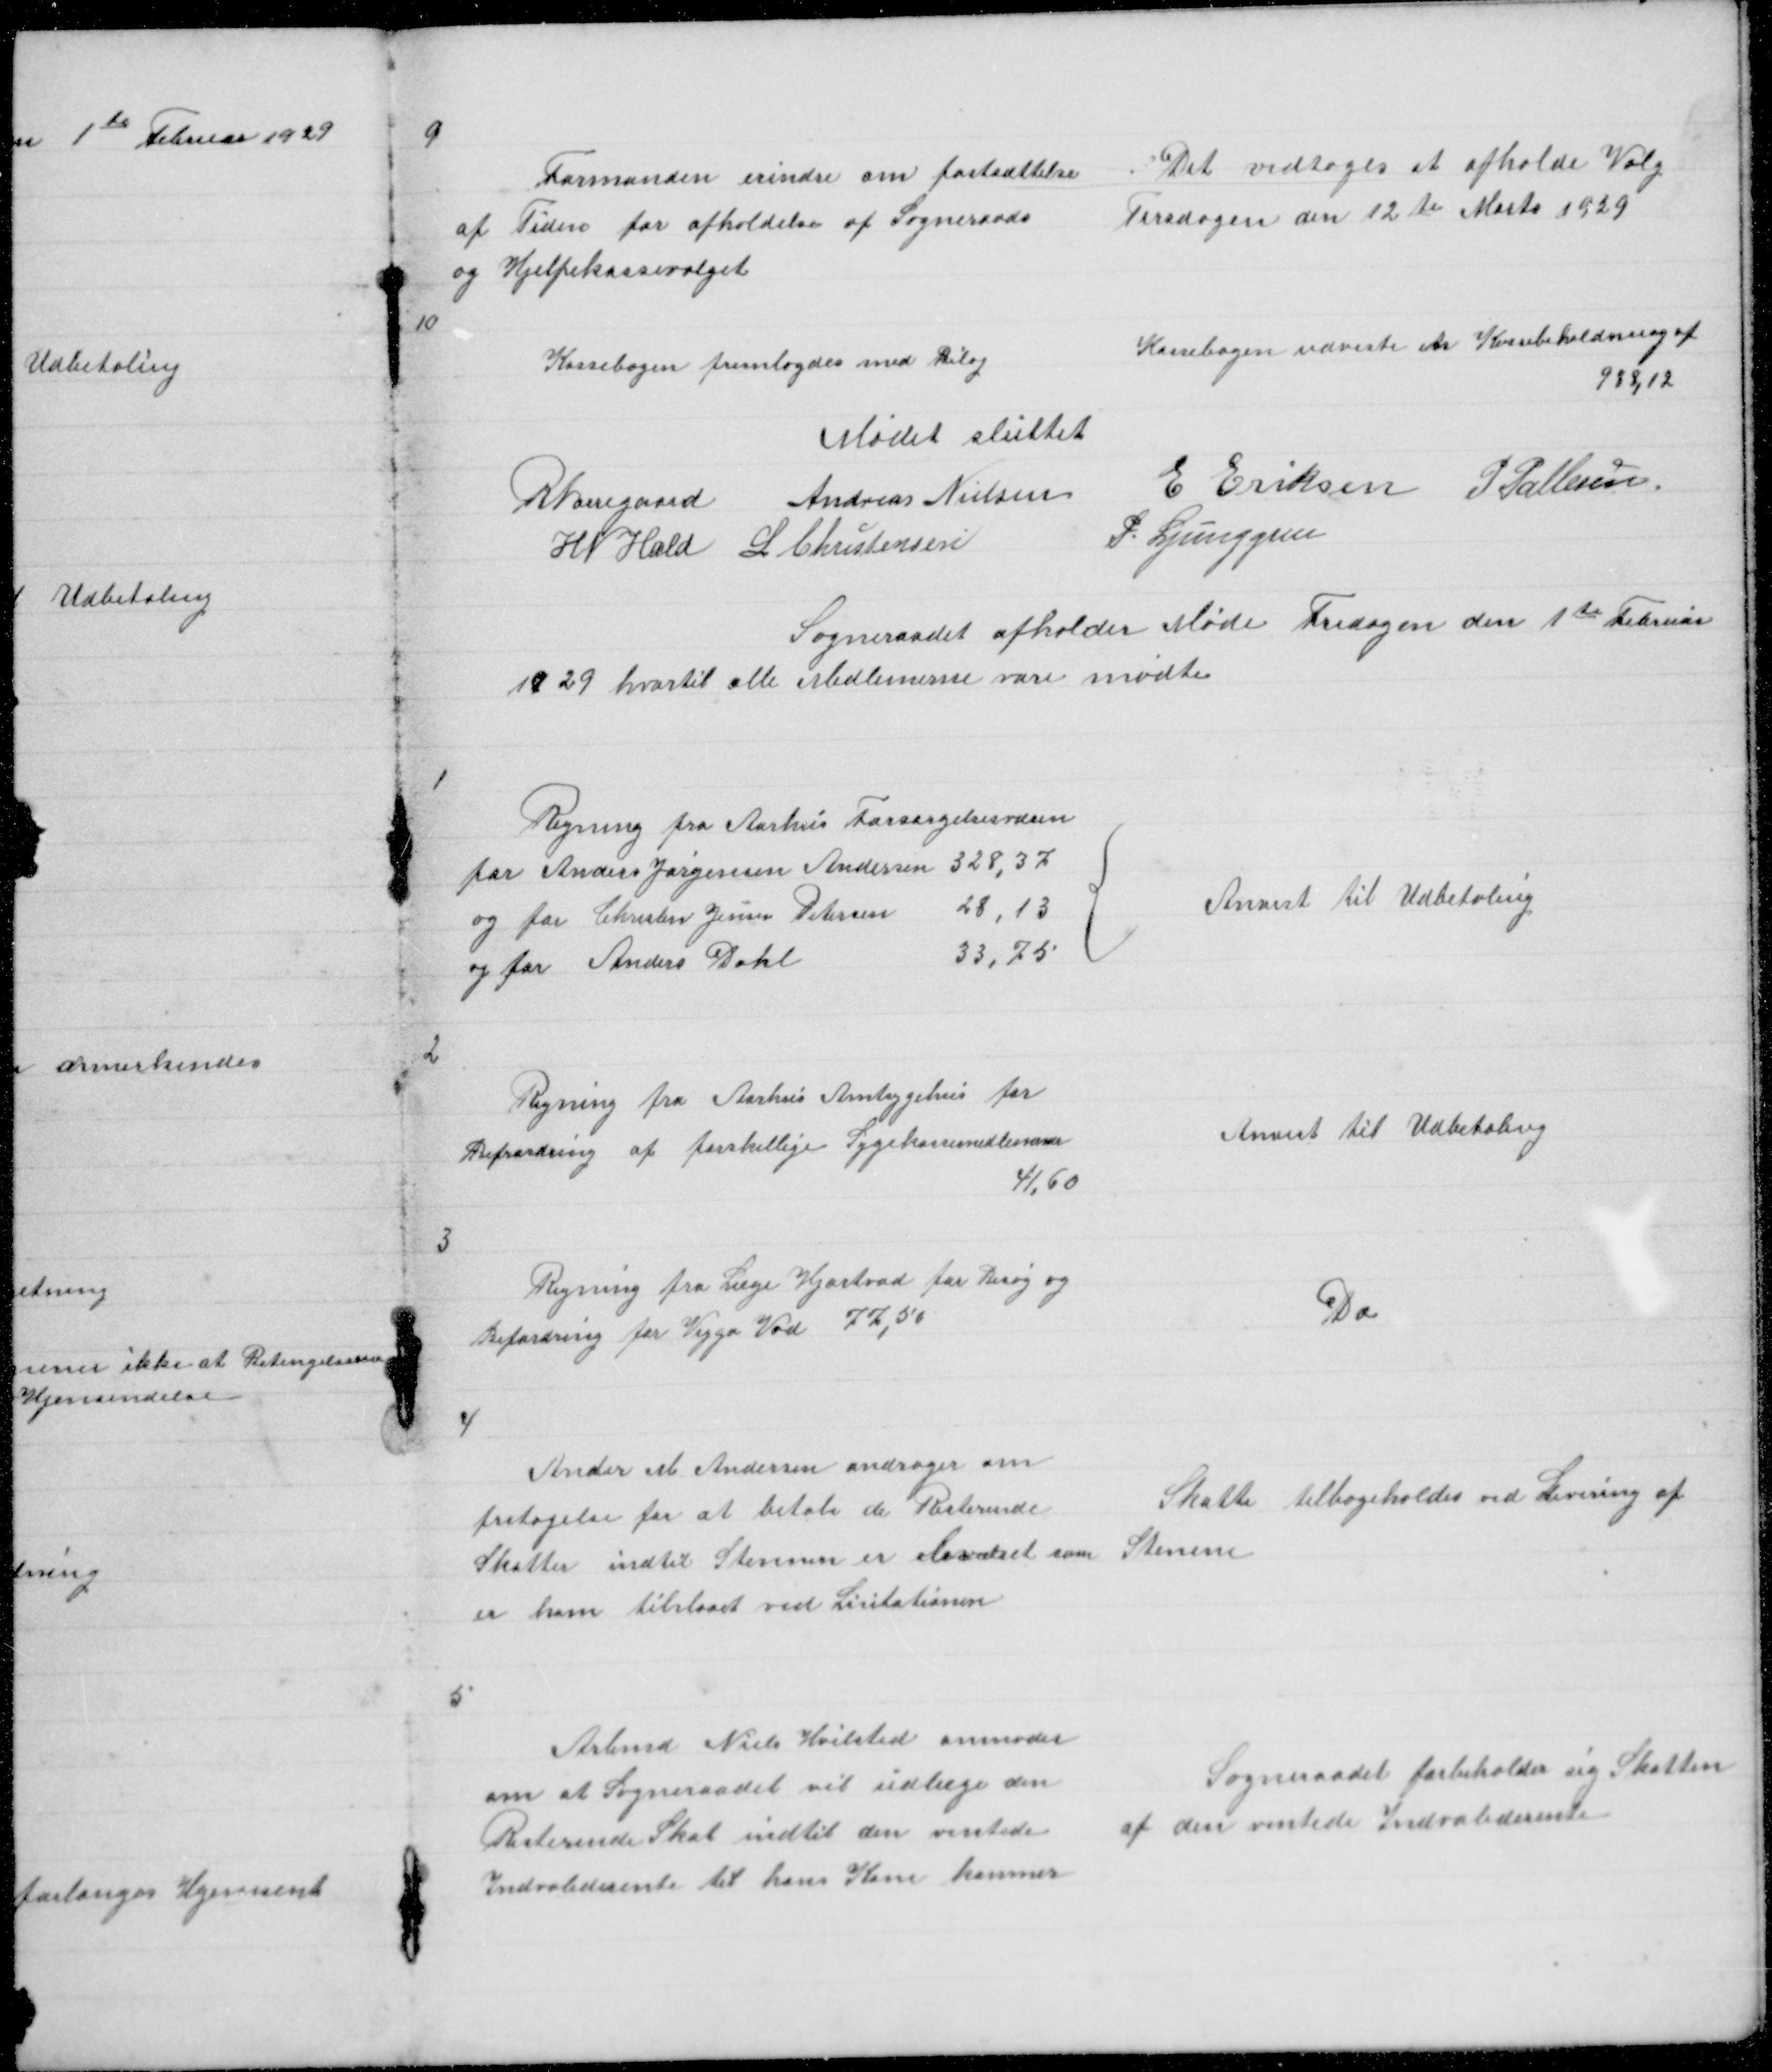
Transskription:
9

Formanden erindre om fastsættelse
af Tiden for afholdelse af Sogneraads
og Hjelpekassevalget

Det vedtoges at afholde Valg
Tirsdagen den 12 te Marts 1929

10

Kassebogen fremlagdes med Bilag

Kassebogen udviste en Kassebeholdning af
938,12

Mødet sluttet
R Nørregaard Andreas Nielsen
E Eriksen P Pallesen
H N Hald L Christensen
P. Ljunggren

Sogneraadet afholder Møde Fredagen den 1 te Februar
1929 hvortil alle Medlemerne vare mødte

1

{

Anvist til Udbetaling

2

Regning fra Aarhus Amtsygehus for
Befordring af Forskellige Sygekassemedlemmer
41,60

Anvist til Udbetaling

3

Regning fra Læge Hjortvad for Besøg og
Befordring for Viggo Vad 77,50

Do

4

Ander M Andersen andrager om
fritagelse for at betale de Resterende
Skatter indtil Stenene er leveret som
er ham tilstaaet ved Licitationen

Skatte tilbageholdes ved Levering af
Stenene

5

Arbmd Niels Hvilsted anmoder
om at Sogneraadet vil udlæge den
Resterende Skat indtil den ventede
Indvaliderente til hans Kone kommer

Sogneraadet forbeholder sig Skatten
af den ventede Indvaliderente